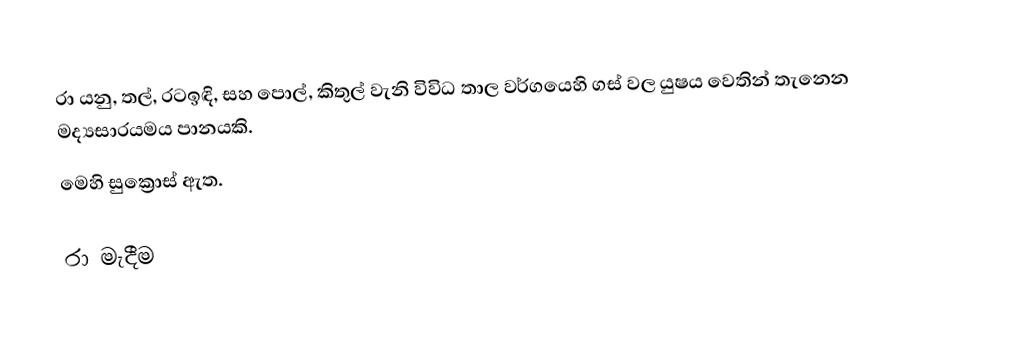
රා යනු, තල්, රටඉඳි, සහ පොල්, කිතුල් වැනි විවිධ තාල වර්ගයෙහි ගස් වල  යුෂය වෙතින් තැනෙන මද්‍යසාරයමය පානයකි.
මෙහි සුක්‍රොස් ඇත.

රා මැදීම